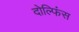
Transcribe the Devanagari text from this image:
दोल्फिंस